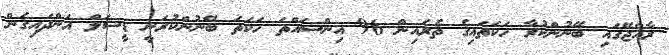
ރާއްޖޭގައި ބޭނުންކުރާ ހަކަތައިގެ ތެރެއިން 96 އިންސައްތަ ހަކަތަ ބޭނުންކުރަނީ ޑީސަލް އަންދައިގެން